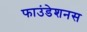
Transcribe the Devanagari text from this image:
फाउंडेशनस